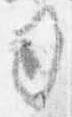
司